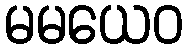
မမယေဝ